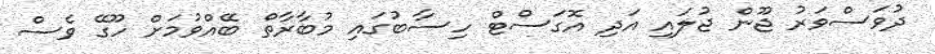
ދުވަސްވަރު ޖޫން ޖުލައި އަދި އޮގަސްޓް ހިސާބުގައި މުބާރާތް ބޭއްވުމަށް ހޫގޭ ވެސް